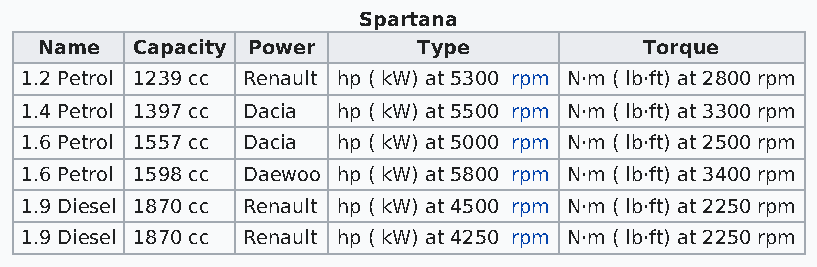
Spartana
 Name   Capacity Power     Type           Torque
 1.2 Petrol 1239 cc Renault hp ( kW) at 5300 rpm N·m ( lb·ft) at 2800 rpm
 1.4 Petrol 1397 cc Dacia hp ( kW) at 5500 rpm N·m ( lb·ft) at 3300 rpm
 1.6 Petrol 1557 cc Dacia hp ( kW) at 5000 rpm N·m ( lb·ft) at 2500 rpm
 1.6 Petrol 1598 cc Daewoo hp ( kW) at 5800 rpm N·m ( lb·ft) at 3400 rpm
 1.9 Diesel 1870 cc Renault hp ( kW) at 4500 rpm N·m ( lb·ft) at 2250 rpm
 1.9 Diesel 1870 cc Renault hp ( kW) at 4250 rpm N·m ( lb·ft) at 2250 rpm